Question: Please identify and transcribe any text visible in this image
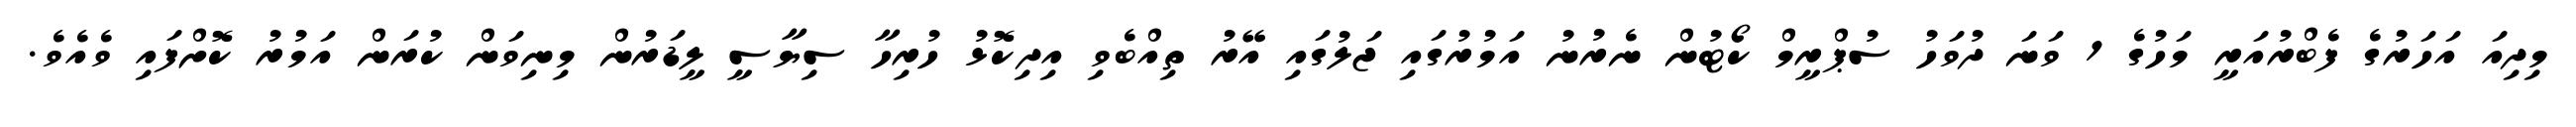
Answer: މިދިއަ އަހަރުގެ ފެބްރުއަރީ މަހުގެ 1 ވަނަ ދުވަހު ސުޕްރީމް ކޯޓުން ނެރުނު އަމުރުގައި ޖަލުގައި އޭރު ތިއްބެވި އިދިކޮޅު ހުރިހާ ސިޔާސީ ލީޑަރުން މިނިވަން ކުރަން އަމުރު ކޮށްފައި ވެއެވެ.